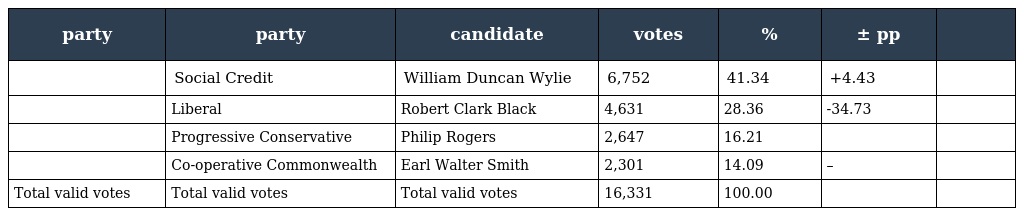
| party | party | candidate | votes | % | ± pp |  |
 | --- | --- | --- | --- | --- | --- | --- |
 |  | Social Credit | William Duncan Wylie | 6,752 | 41.34 | +4.43 |  |
 |  | Liberal | Robert Clark Black | 4,631 | 28.36 | -34.73 |  |
 |  | Progressive Conservative | Philip Rogers | 2,647 | 16.21 |  |  |
 |  | Co-operative Commonwealth | Earl Walter Smith | 2,301 | 14.09 | – |  |
 | Total valid votes | Total valid votes | Total valid votes | 16,331 | 100.00 |  |  |